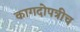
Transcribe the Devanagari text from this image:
कागदोपत्रीच